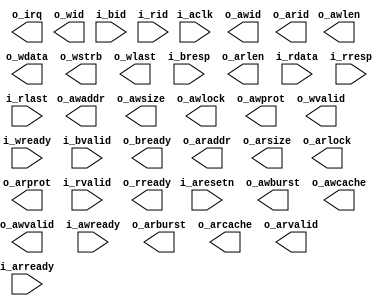
module master_axi_128 (
    input             i_aclk   ,
    input             i_aresetn,
    output            o_irq    ,
    output [3:0]      o_awid   ,
    output [31:0]     o_awaddr ,
    output [3:0]      o_awlen  ,
    output [2:0]      o_awsize ,
    output [1:0]      o_awburst,
    output [1:0]      o_awlock ,
    output [3:0]      o_awcache,
    output [2:0]      o_awprot ,
    output            o_awvalid,
    input             i_awready,
    output [3:0]      o_wid    ,
    output [127:0]    o_wdata  ,
    output [15:0]     o_wstrb  ,
    output            o_wlast  ,
    output            o_wvalid ,
    input             i_wready ,
    input  [3:0]      i_bid    ,
    input  [1:0]      i_bresp  ,
    input             i_bvalid ,
    output            o_bready ,
    output [3:0]      o_arid   ,
    output [31:0]     o_araddr ,
    output [3:0]      o_arlen  ,
    output [2:0]      o_arsize ,
    output [1:0]      o_arburst,
    output [1:0]      o_arlock ,
    output [3:0]      o_arcache,
    output [2:0]      o_arprot ,
    output            o_arvalid,
    input             i_arready,
    input  [3:0]      i_rid    ,
    input  [127:0]    i_rdata  ,
    input  [1:0]      i_rresp  ,
    input             i_rlast  ,
    input             i_rvalid ,
    output            o_rready 
);


endmodule